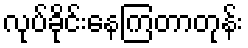
လုပ်ခိုင်းနေကြတာတုန်း